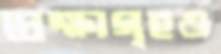
প্রেক্ষাগৃহও